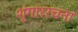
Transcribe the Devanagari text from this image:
शृंगाररचना